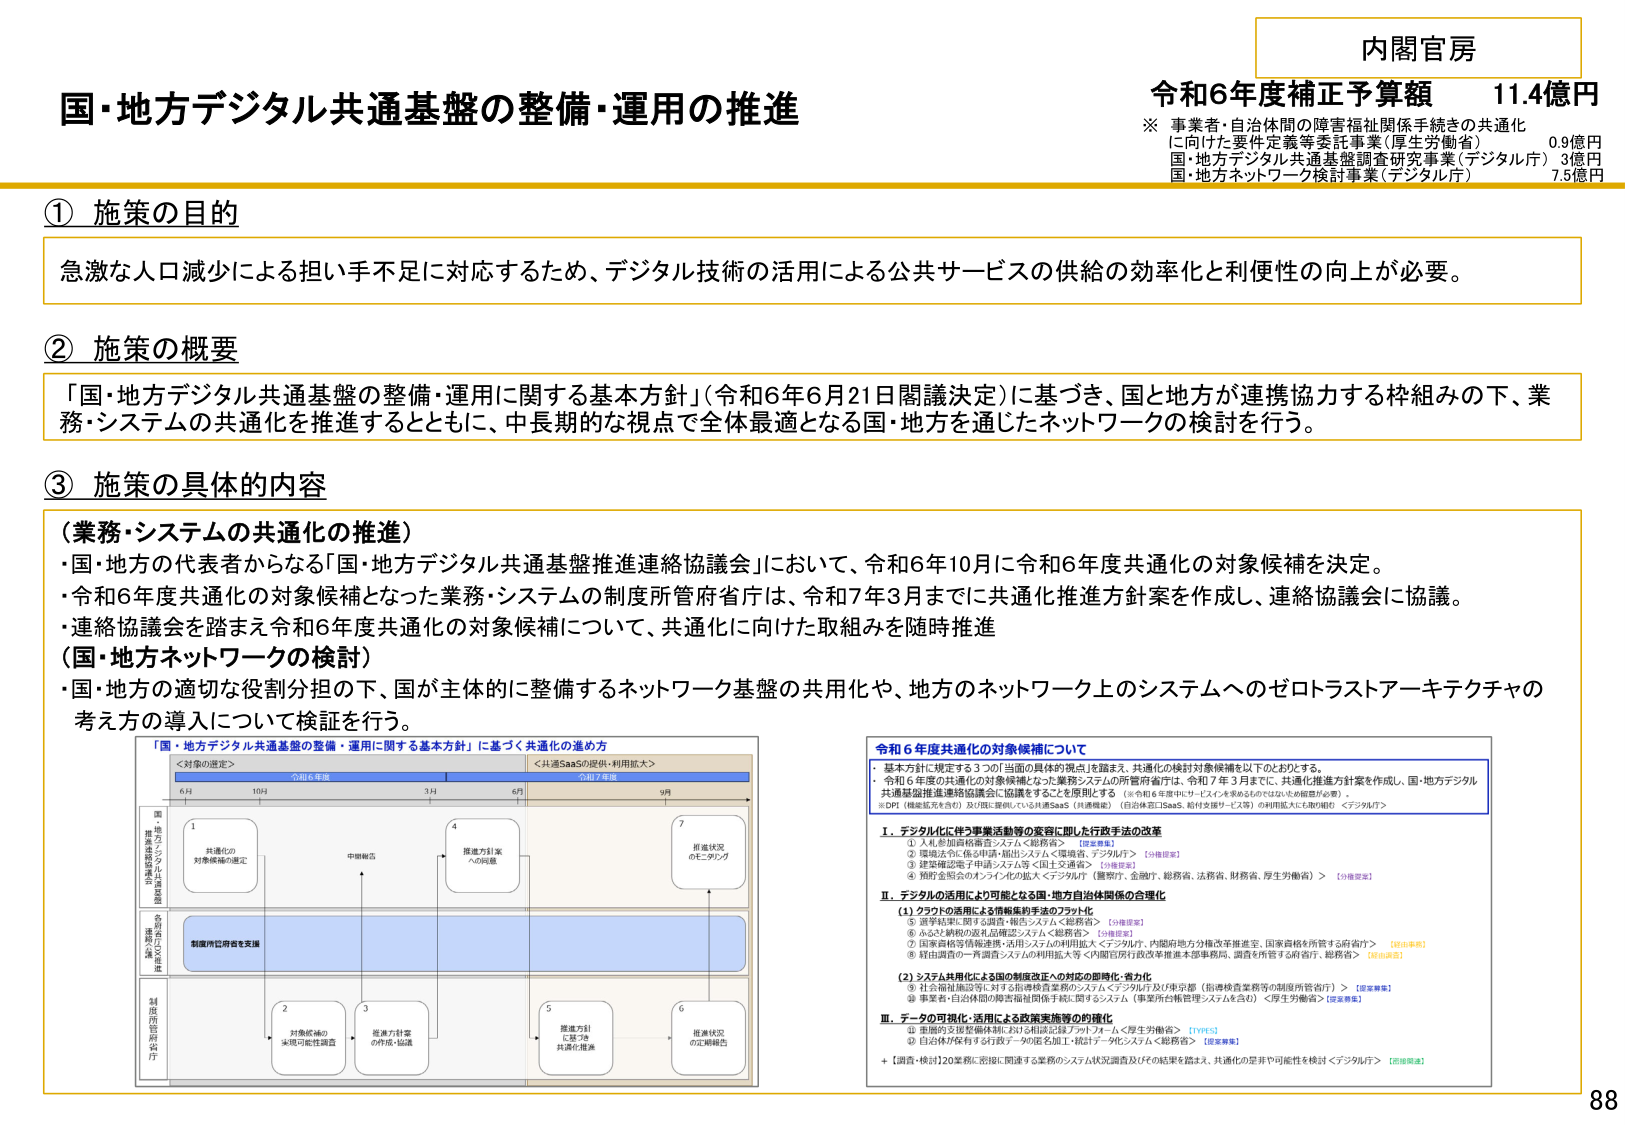
内閣官房
令和6年度補正予算額 11.4億円
※ 事業者・自治体間の障害福祉関係手続きの共通化
　　に向けた要件定義等委託事業（厚生労働省） 0.9億円
　　国・地方デジタル共通基盤調査研究事業（デジタル庁） 3億円
　　国・地方ネットワーク検討事業（デジタル庁） 7.5億円

国・地方デジタル共通基盤の整備・運用の推進

① 施策の目的
急激な人口減少による担い手不足に対応するため、デジタル技術の活用による公共サービスの供給の効率化と利便性の向上が必要。

② 施策の概要
「国・地方デジタル共通基盤の整備・運用に関する基本方針」（令和6年6月21日閣議決定）に基づき、国と地方が連携協力する枠組みの下、業務・システムの共通化を推進するとともに、中長期的な視点で全体最適となる国・地方を通じたネットワークの検討を行う。

③ 施策の具体的内容
（業務・システムの共通化の推進）
・国・地方の代表者からなる「国・地方デジタル共通基盤推進連絡協議会」において、令和6年10月に令和6年度共通化の対象候補を決定。
・令和6年度共通化の対象候補となった業務・システムの制度所管府省庁は、令和7年3月までに共通化推進方針案を作成し、連絡協議会に協議。
・連絡協議会を踏まえ令和6年度共通化の対象候補について、共通化に向けた取組みを随時推進
（国・地方ネットワークの検討）
・国・地方の適切な役割分担の下、国が主体的に整備するネットワーク基盤の共用化や、地方のネットワーク上のシステムへのゼロトラストアーキテクチャの考え方の導入について検証を行う。

「国・地方デジタル共通基盤の整備・運用に関する基本方針」に基づく共通化の進め方
＜対象の選定＞